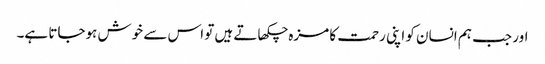
اور جب ہم انسان کو اپنی رحمت کا مزہ چکھاتے ہیں تو اس سے خوش ہوجاتا ہے۔